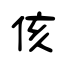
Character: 侅